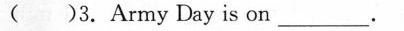
( )3. Army Day is on _.